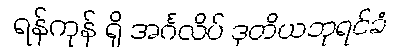
ရန်ကုန် ရှိ အင်္ဂလိပ် ဒုတိယဘုရင်ခံ